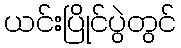
ယင်းပြိုင်ပွဲတွင်